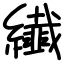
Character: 纎